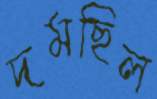
দমছিল